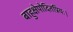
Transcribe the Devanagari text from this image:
बाहुक्षेपोदितप्रियः।